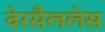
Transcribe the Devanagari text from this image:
वेरसैललेस